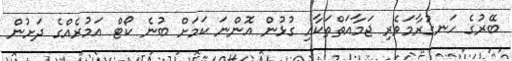
ބޭރުގެ ހަނގުރާމަވެރި ޖަމާއަތްތަކާއި ގުޅުން އޮންނަ ކަމަށް ބުނެ ކޯޓް އަމުރެއްގެ ދަށުން